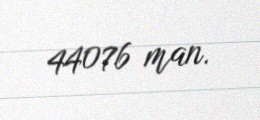
44076 man.